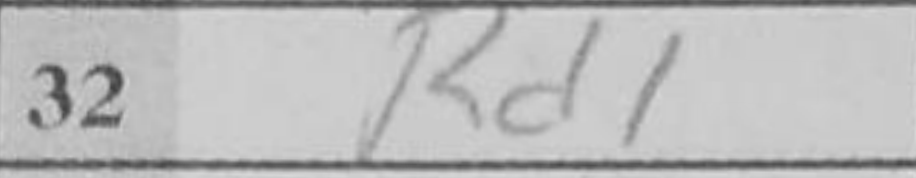
Transcription: Rd1